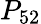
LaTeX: P_{52}